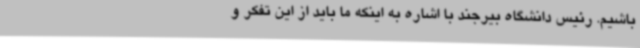
باشیم. رئیس دانشگاه بیرجند با اشاره به اینکه ما باید از این تفکر و